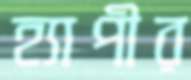
হ্যাপীর